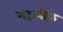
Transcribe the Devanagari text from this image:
महानीळ